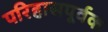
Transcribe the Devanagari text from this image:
परिहासपूर्वक